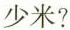
少米?